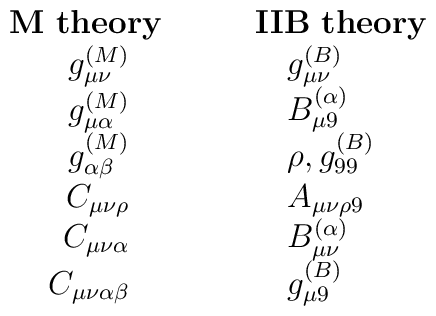
\begin{array}{rl}{\bf M \ theory} & \quad \quad {\bf IIB\  theory}\\g_{\mu\nu}^{(M)} \quad  & \quad  \quad \quad g_{\mu\nu}^{(B)}\\g_{\mu\alpha}^{(M)} \quad  & \quad  \quad \quad B_{\mu 9}^{(\alpha)}\\g_{\alpha\beta}^{(M)} \quad  & \quad  \quad \quad \rho, g_{99}^{(B)}\\C_{\mu\nu\rho} \quad  & \quad  \quad \quad A_{\mu\nu\rho 9}\\C_{\mu\nu\alpha} \quad  & \quad  \quad \quad B_{\mu\nu}^{(\alpha)}\\C_{\mu\nu\alpha\beta} \quad  & \quad  \quad \quad g_{\mu 9}^{(B)}\\\end{array}